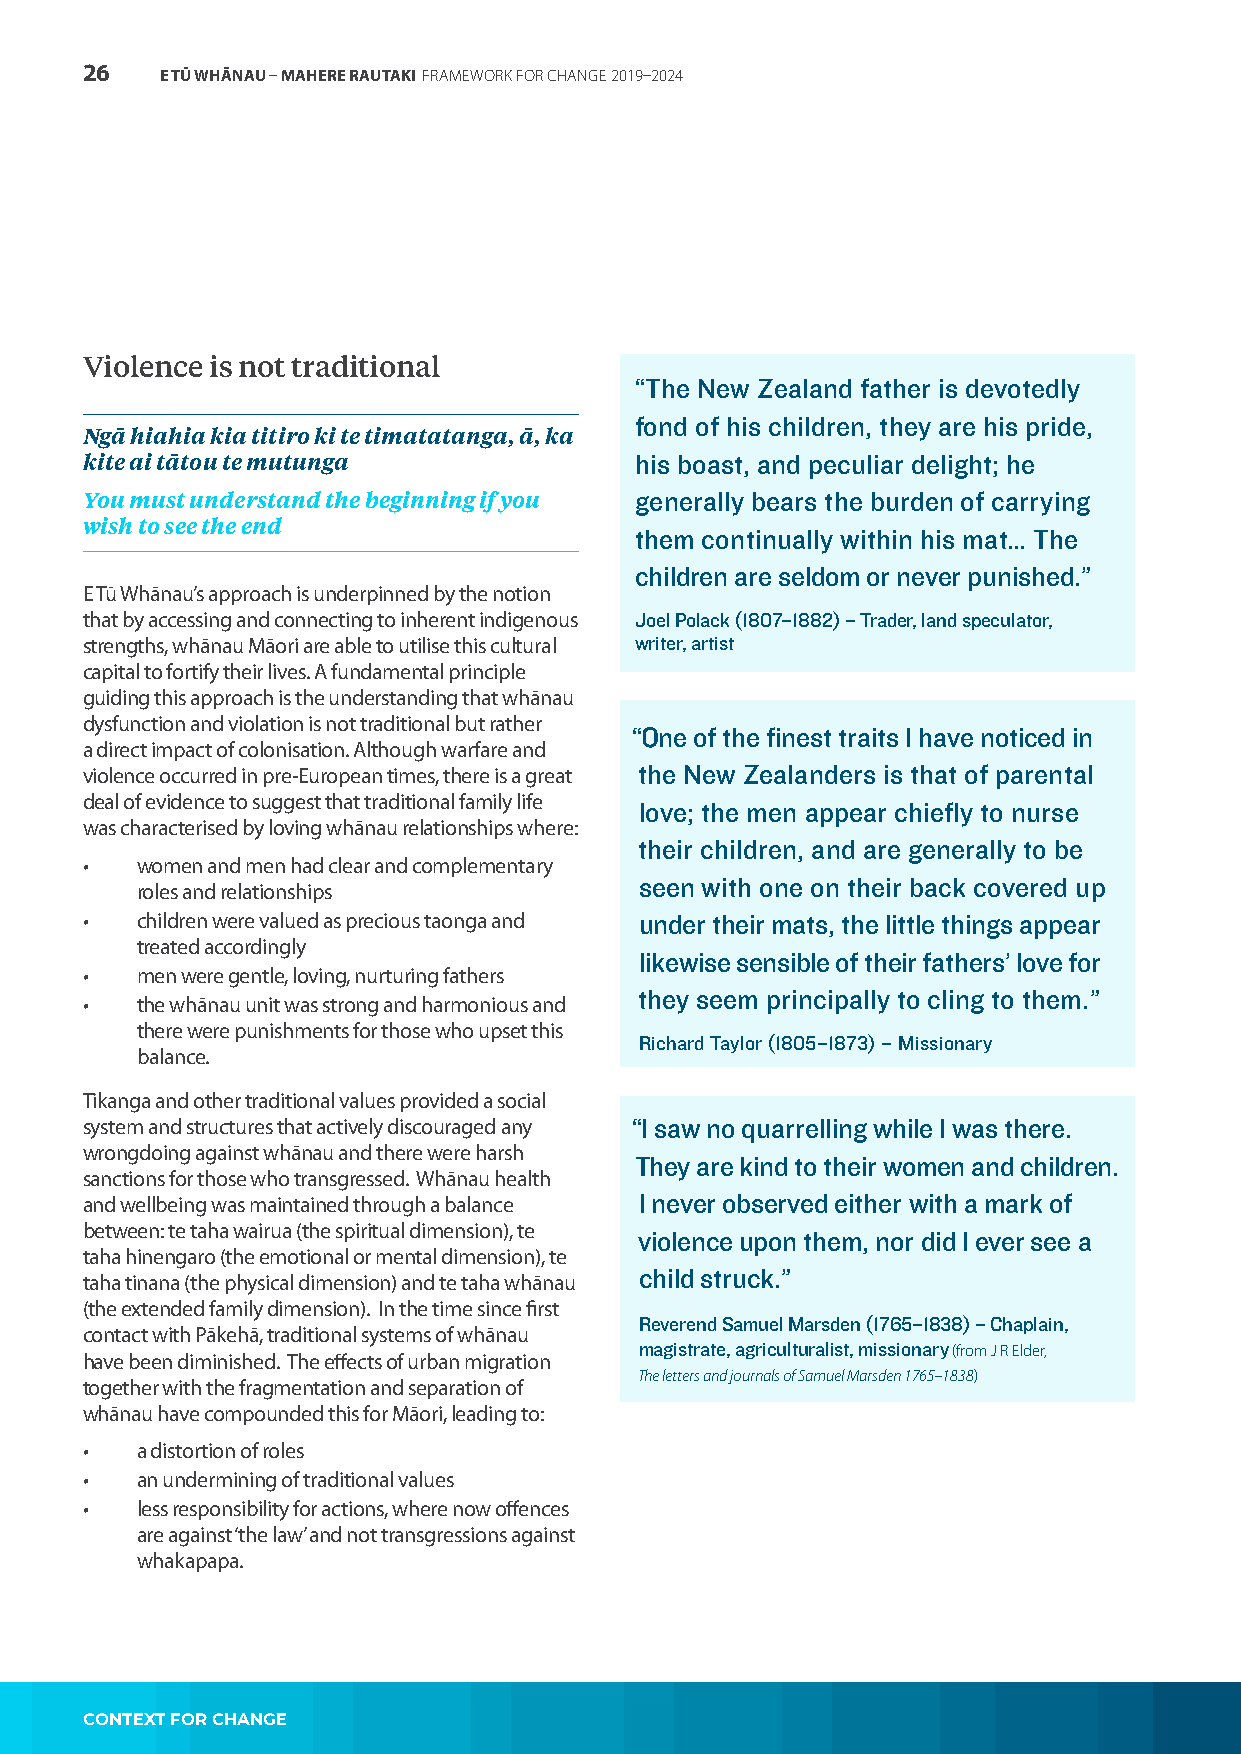
26    E TŪ WHĀNAU – MAHERE RAUTAKI FRAMEWORK FOR CHANGE 2019–2024
 Violence is not traditional
 “The New Zealand father is devotedly
 fond of his children, they are his pride,
 Ngā hiahia kia titiro ki te timatatanga, ā, ka
 kite ai tātou te mutunga             his boast, and peculiar delight; he
 You must understand the beginning if you generally bears the burden of carrying
 wish to see the end
 them continually within his mat… The
 children are seldom or never punished.”
 E Tū Whānau’s approach is underpinned by the notion
 that by accessing and connecting to inherent indigenous Joel Polack (1807–1882) – Trader, land speculator,
 strengths, whānau Māori are able to utilise this cultural writer, artist
 capital to fortify their lives. A fundamental principle
 guiding this approach is the understanding that whānau
 dysfunction and violation is not traditional but rather
 “One of the finest traits I have noticed in
 a direct impact of colonisation. Although warfare and
 violence occurred in pre-European times, there is a great the New Zealanders is that of parental
 deal of evidence to suggest that traditional family life
 love; the men appear chiefly to nurse
 was characterised by loving whānau relationships where:
 their children, and are generally to be
 •   women and men had clear and complementary
 seen with one on their back covered up
 roles and relationships
 •   children were valued as precious taonga and under their mats, the little things appear
 treated accordingly
 likewise sensible of their fathers’ love for
 •   men were gentle, loving, nurturing fathers
 they seem principally to cling to them.”
 •   the whānau unit was strong and harmonious and
 there were punishments for those who upset this
 Richard Taylor (1805–1873) – Missionary
 balance.
 Tikanga and other traditional values provided a social
 system and structures that actively discouraged any “I saw no quarrelling while I was there.
 wrongdoing against whānau and there were harsh
 They are kind to their women and children.
 sanctions for those who transgressed. Whānau health
 and wellbeing was maintained through a balance I never observed either with a mark of
 between: te taha wairua (the spiritual dimension), te
 violence upon them, nor did I ever see a
 taha hinengaro (the emotional or mental dimension), te
 child struck.”
 taha tinana (the physical dimension) and te taha whānau
 (the extended family dimension). In the time since first
 Reverend Samuel Marsden (1765–1838) – Chaplain,
 contact with Pākehā, traditional systems of whānau
 magistrate, agriculturalist, missionary (from J R Elder,
 have been diminished. The effects of urban migration
 The letters and journals of Samuel Marsden 1765–1838)
 together with the fragmentation and separation of
 whānau have compounded this for Māori, leading to:
 •   a distortion of roles
 •   an undermining of traditional values
 •   less responsibility for actions, where now offences
 are against ‘the law’ and not transgressions against
 whakapapa.
 CONTEXT FOR CHANGE